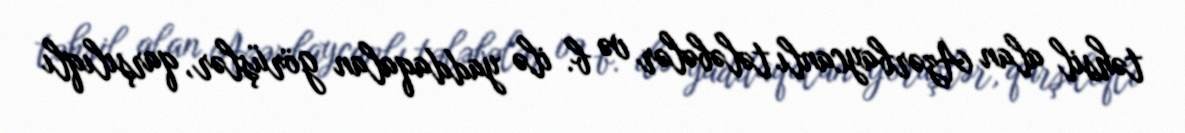
təhsil alan Azərbaycanlı tələbələr və b. ilə yaddaqalan görüşlər, qarşılıqlı